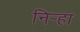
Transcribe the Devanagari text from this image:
निर्‍हा